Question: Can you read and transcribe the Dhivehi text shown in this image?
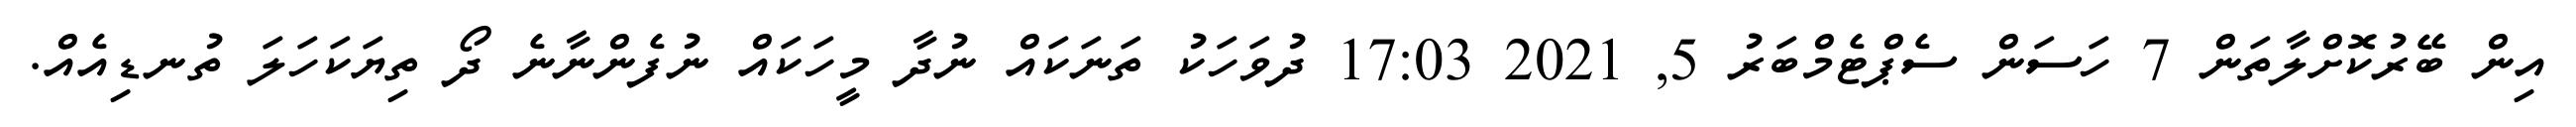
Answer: އިން ބޭރުކޮށްލާތަން 7 ހަސަން ސެޕްޓެމްބަރު 5, 2021 17:03 ދުވަހަކު ތަނަކައް ނުދާ މީހަކައް ނުފެންނާނެ ދޯ ތިޔަކަހަލަ ތުނޑިއެއް.